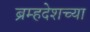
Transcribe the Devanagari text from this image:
ब्रम्हदेशच्या